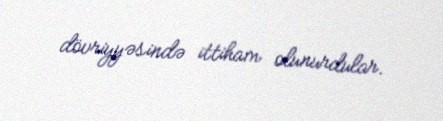
dövriyyəsində ittiham olunurdular.